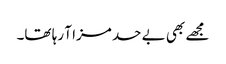
مجھے بھی بے حد مزا آ رہا تھا۔